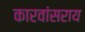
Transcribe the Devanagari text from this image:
कारवांसराय